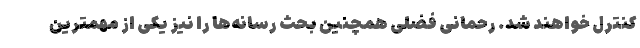
کنترل خواهند شد. رحمانی فضلی همچنین بحث رسانه‌ها را نیز یکی از مهمترین